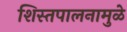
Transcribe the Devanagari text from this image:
शिस्तपालनामुळे